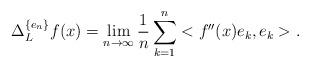
LaTeX: \begin{align*}\Delta^{\{e_n\}}_L f(x)=\lim_{n\to \infty} \frac 1n \sum_{k=1}^n<f''(x)e_k,e_k>.\end{align*}